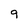
Character: 9